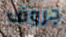
جروف